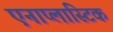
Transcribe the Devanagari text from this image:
एनाप्लास्टिक